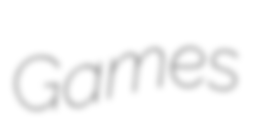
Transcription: Games